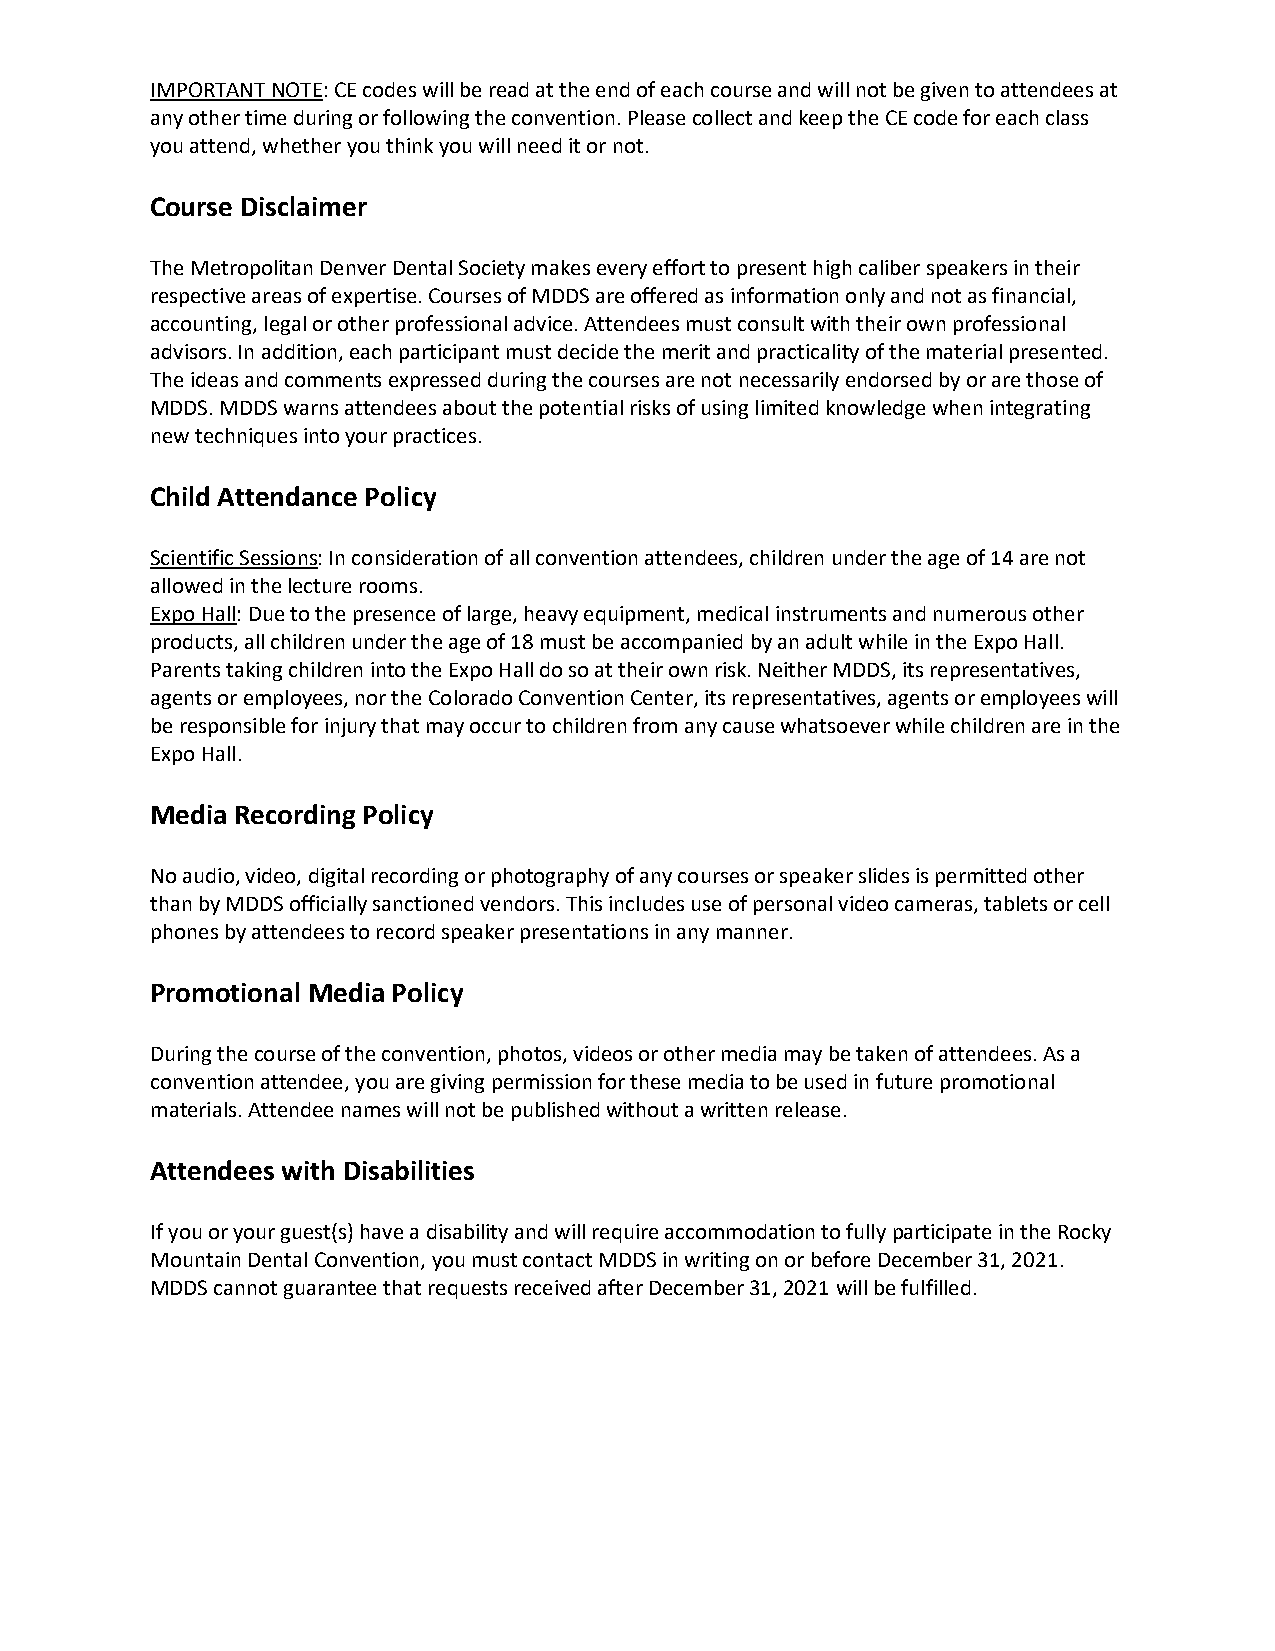
IMPORTANT NOTE: CE codes will be read at the end of each course and will not be given to attendees at
 any other time during or following the convention. Please collect and keep the CE code for each class
 you attend, whether you think you will need it or not.
 Course Disclaimer
 The Metropolitan Denver Dental Society makes every effort to present high caliber speakers in their
 respective areas of expertise. Courses of MDDS are offered as information only and not as financial,
 accounting, legal or other professional advice. Attendees must consult with their own professional
 advisors. In addition, each participant must decide the merit and practicality of the material presented.
 The ideas and comments expressed during the courses are not necessarily endorsed by or are those of
 MDDS. MDDS warns attendees about the potential risks of using limited knowledge when integrating
 new techniques into your practices.
 Child Attendance Policy
 Scientific Sessions: In consideration of all convention attendees, children under the age of 14 are not
 allowed in the lecture rooms.
 Expo Hall: Due to the presence of large, heavy equipment, medical instruments and numerous other
 products, all children under the age of 18 must be accompanied by an adult while in the Expo Hall.
 Parents taking children into the Expo Hall do so at their own risk. Neither MDDS, its representatives,
 agents or employees, nor the Colorado Convention Center, its representatives, agents or employees will
 be responsible for injury that may occur to children from any cause whatsoever while children are in the
 Expo Hall.
 Media Recording Policy
 No audio, video, digital recording or photography of any courses or speaker slides is permitted other
 than by MDDS officially sanctioned vendors. This includes use of personal video cameras, tablets or cell
 phones by attendees to record speaker presentations in any manner.
 Promotional Media Policy
 During the course of the convention, photos, videos or other media may be taken of attendees. As a
 convention attendee, you are giving permission for these media to be used in future promotional
 materials. Attendee names will not be published without a written release.
 Attendees with Disabilities
 If you or your guest(s) have a disability and will require accommodation to fully participate in the Rocky
 Mountain Dental Convention, you must contact MDDS in writing on or before December 31, 2021.
 MDDS cannot guarantee that requests received after December 31, 2021 will be fulfilled.